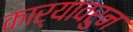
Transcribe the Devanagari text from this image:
कार्यावरुन